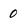
Character: 0